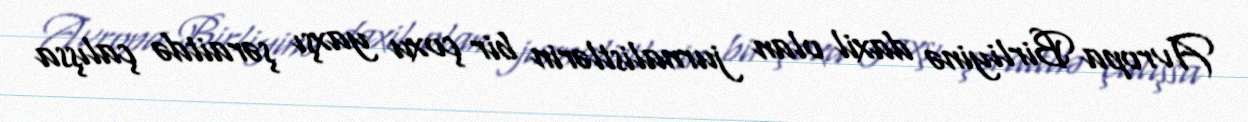
Avropa Birliyinə daxil olan jurnalistlərin bir çoxu yaxşı şəraitdə çalışsa